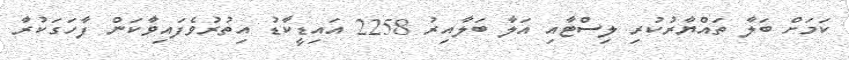
ކަމަށް ބަލާ ތައްޔާރުކުރި ލިސްޓާއި އަލާ ބަލާއިރު 2258 އައިޑީކާޑު އިތުރުވެފައިވާކަން ފާހަގަކުރާ